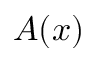
A ( x )